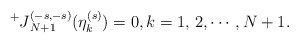
\begin{align*}\prescript{+}{}{J}_{N+1}^{(-s,-s)}(\eta_k^{(s)})=0,k=1,\,2,\cdots,N+1.\end{align*}